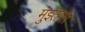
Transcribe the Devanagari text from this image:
मुझ्ताग़